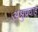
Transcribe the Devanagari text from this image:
अश्रुप्रवाह